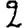
Digit: 2